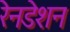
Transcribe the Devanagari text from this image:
रेनडेशन